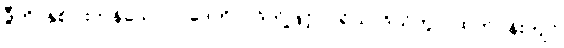
ဒွီဟိ၊ နှစ်ပါးကုန်သော။ ပဒေဟိ၊ ပုဒ်တို့ဖြင့်။ ပရိယာဒိယိတွာ၊ ထက်ဝန်းကျင်